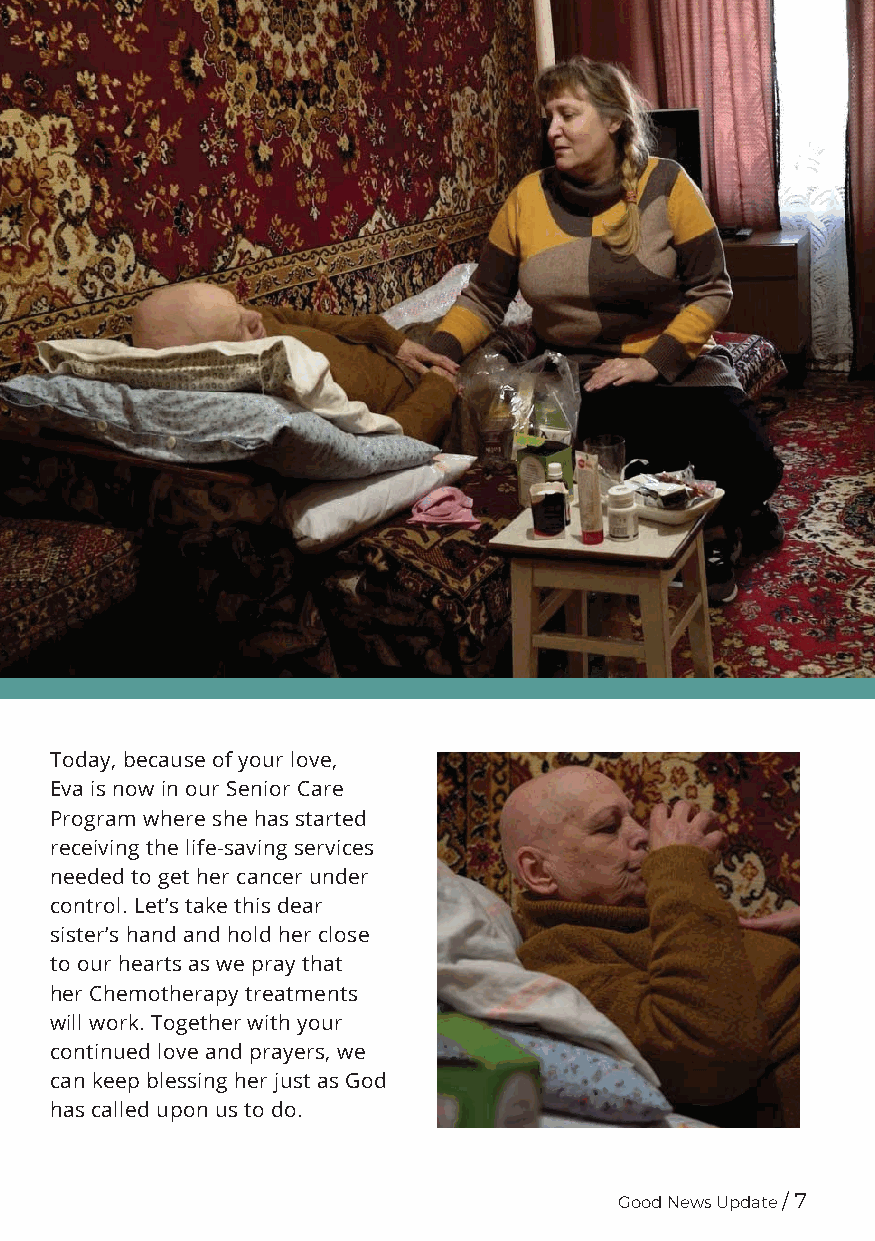
Today, because of your love,
 Eva is now in our Senior Care
 Program where she has started
 receiving the life-saving services
 needed to get her cancer under
 control. Let’s take this dear
 sister’s hand and hold her close
 to our hearts as we pray that
 her Chemotherapy treatments
 will work. Together with your
 continued love and prayers, we
 can keep blessing her just as God
 has called upon us to do.
 Good News Update / 7